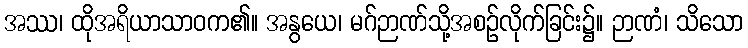
အဿ၊ ထိုအရိယာသာဝက၏။ အနွယေ၊ မဂ်ဉာဏ်သို့အစဉ်လိုက်ခြင်း၌။ ဉာဏံ၊ သိသော